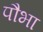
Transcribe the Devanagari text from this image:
पौभा